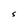
Character: S